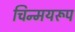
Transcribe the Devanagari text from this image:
चिन्मयरूप